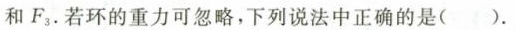
和F^{3}。若环的重力可忽略，下列说法中正确的是（ ）.